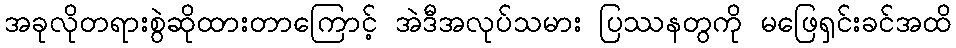
အခုလိုတရားစွဲဆိုထားတာကြောင့် အဲဒီအလုပ်သမား ပြဿနတွကို မဖြေရှင်းခင်အထိ